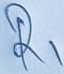
Text: R1